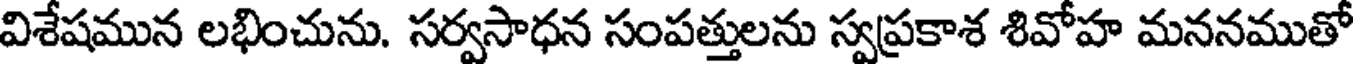
విశేషమున లభించును. సర్వసాధన సంపత్తులను స్వప్రకాశ శివోహ మననముతో